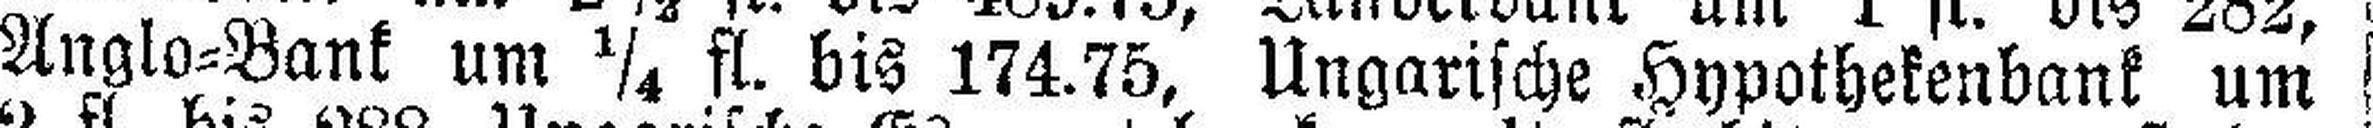
Anglo=Bank um ¼ fl. bis 174.75, Ungarische Hypothekenbank um